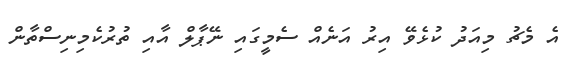
އެ މެޗު މިއަދު ކުޅެވޭ އިރު އަނެއް ސެމީގައި ނޭޕާލް އާއި ތުރުކެމިނިސްތާން